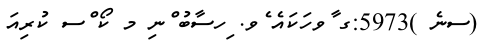
(ސނެ )5973:ގ ާވހަކައެ ެވ. ިހސާބު ްނި މ ކޯ ްސ ކުރިއަ